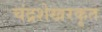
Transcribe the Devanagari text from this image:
चंद्रशेखरकृत